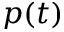
p ( t )